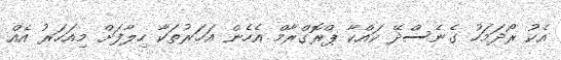
އެކު ރޯދަމަހު ގެނެސްދޭ ކައްކާ ޕްރޮގްރާމް އެހެން އަހަރުތަކާ ހިލާފަށް މިއަހަރު އެއް